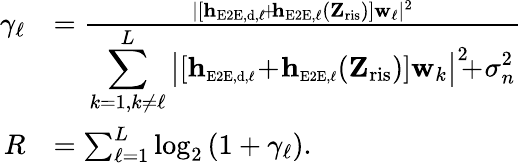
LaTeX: \begin{array}{rl}{\gamma_{\ell}}&{=\frac{|[\mathbf{h}_{\scriptscriptstyle\mathrm{E2E},\scriptscriptstyle\mathrm{d},\ell}\! +\! \mathbf{h}_{\scriptscriptstyle\mathrm{E2E},\ell}(\mathbf{Z}_{\mathrm{ris}})]\mathbf{w}_{\ell}|^{2}}{\displaystyle\sum_{k=1,k\neq\ell}^{L}\big\rvert[\mathbf{h}_{\scriptscriptstyle\mathrm{E2E},\scriptscriptstyle\mathrm{d},\ell}\! +\! \mathbf{h}_{\scriptscriptstyle\mathrm{E2E},\ell}(\mathbf{Z}_{\mathrm{ris}})]\mathbf{w}_{k}\big\rvert^{2}\! \! \! +\! \sigma_{n}^{2}}}\\ {R}&{=\sum_{\ell=1}^{L}\log_{2}\left(1+\gamma_{\ell}\right).}\end{array}